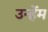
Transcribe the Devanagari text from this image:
उन्हेंम